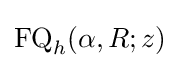
{\text{FQ}}_{h}(\alpha ,R;z)